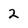
Character: 2